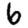
Digit: 6